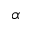
\alpha